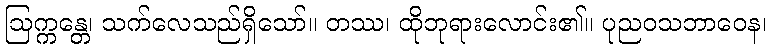
ဩက္ကန္တေ၊ သက်လေသည်ရှိသော်။ တဿ၊ ထိုဘုရားလောင်း၏။ ပုညဝသဘာဝေန၊